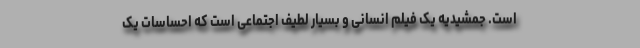
است. جمشیدیه یک فیلم انسانی و بسیار لطیف اجتماعی است که احساسات یک